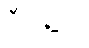
ဒီနေ့ည